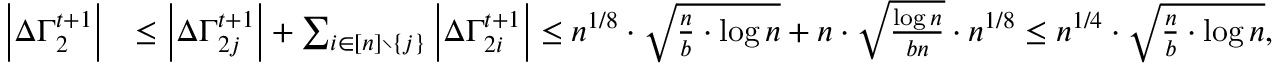
\begin{array} { r l } { \left| \Delta \Gamma _ { 2 } ^ { t + 1 } \right| } & { \leq \left| \Delta \Gamma _ { 2 j } ^ { t + 1 } \right| + \sum _ { i \in [ n ] \setminus \{ j \} } \left| \Delta \Gamma _ { 2 i } ^ { t + 1 } \right| \leq n ^ { 1 / 8 } \cdot \sqrt { \frac { n } { b } \cdot \log n } + n \cdot \sqrt { \frac { \log n } { b n } } \cdot n ^ { 1 / 8 } \leq n ^ { 1 / 4 } \cdot \sqrt { \frac { n } { b } \cdot \log n } , } \end{array}